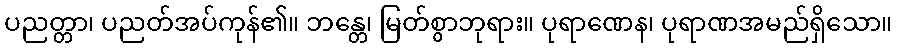
ပညတ္တာ၊ ပညတ်အပ်ကုန်၏။ ဘန္တေ၊ မြတ်စွာဘုရား။ ပုရာဏေန၊ ပုရာဏအမည်ရှိသော။